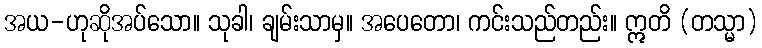
အယ-ဟုဆိုအပ်သော။ သုခါ၊ ချမ်းသာမှ။ အပေတော၊ ကင်းသည်တည်း။ ဣတိ (တသ္မာ)